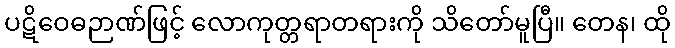
ပဋိဝေဓဉာဏ်ဖြင့် လောကုတ္တရာတရားကို သိတော်မူပြီ။ တေန၊ ထို